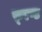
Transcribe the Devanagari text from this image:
फ़्रण्ट